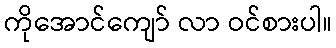
ကိုအောင်ကျော် လာ ဝင်စားပါ။